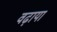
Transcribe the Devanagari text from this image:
वढ़ाया